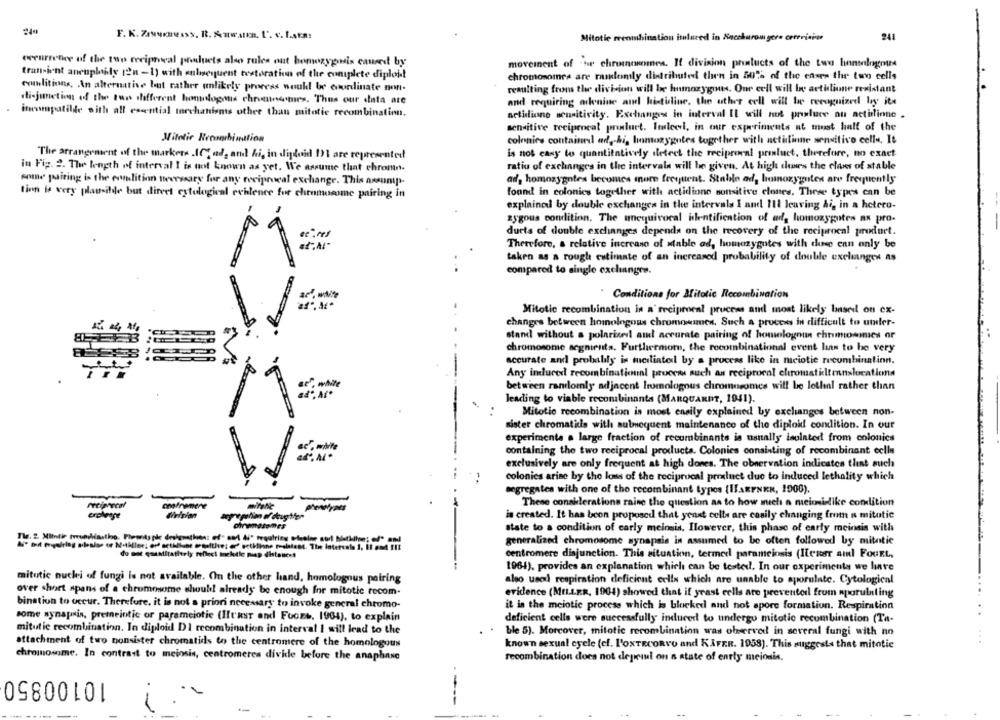
F. K. Zevenesss. R. Auwaten. L'. v. L.sER!
Mitotic rreombination itlured in Socchurom gera cerevision
241
ocurretwee of the two reciprocal products also rules out homozygousis caused by
movement of 'he chrononomes. It division printucts of the two homologous
transient anruphily 12-1) with subsequent restoration of the complete diploit
chromosomes are randomly distributed then in 507% of the cases the two cells
comlitions, An alternative but rather unlikely process would be coordinate non-
resulting from the division will be homozygous. Our cell will be actulione resistant
di-junction of the two different homologous chromnemes. Thus our data are
and requiring ackenise and histidine. the other cell will be recognized by its
incompatilde with all essential mechanisms other than mitotic recombination.
actidione scuritivity. Exchanges in interval Il will not posluce ou actilinne .
sensitive reciprocal prislurt. Itdleel, in our experiments at most half of the
Mitotic Recombination
colonics contained ad, hi, linmozygotes together with actitinne sensitivo celle, It
The arrangement of the markers .1Of ad, and hi, in diploid 11 are represented
is not easy to quantitatively detect the reciprocal prisluct, therefore, no exact
ratio of exchanges in the intervals will be given. At high ches the class of stable
in Fig. 2. The length of interval I is not known as yet. We assume that chromn.
ad, homozygotes becomes more frequent. Stabile ad, homozygotes are frequently
some paiting is the condition necessary for any reciprocal exchange. This assumps-
tion be very plausible but direet cytological echlenee for chromosome pairing in
found in colonies together with actidione sonsitive clones. These types can be
explained by double exchanges in the intervals I and 111 leaving Ai, in a hetero-
zygous condition. The unequivocal identification of ad, homozygotes ax pro-
ducts of double exchanges depends on the recovery of the reciprocal product.
Therefore, a relative increase of stable ad, homozygotes with die enn only be
taken as a rough estimate of an increased probability of double exelunges as
compared to single exchanges.
Conditions for Mitotic Recombination
Mitotic recombination in a' reciprocal process and most likely based on ex-
changes between homologous chromoemmen. Such a process in difficult to under-
stand without a polarized and accurate pairing of homologoun chrummommies or
chromosome segments. Furthermore, the recombinational event lin to be very
accurate and probably in meiliateil by a process like in meiotie recombination.
Any induced recombinationunl process such as reciprocal eltromatiltenslocations
between randomly adjacent homologous chromosomes will be lothal rather than
leading to viable recombinants (MARQUARDT, 1941).
Mitotic recombination is most ensily explained by exchanges between non-
sister chromatids with subsequent maintenance of the diploid condition. In our
experimenta a large fraction of recombinants is usually isolated from colonics
containing the two reciprocal products. Colonies consisting of recombinant celle
exclusively are only frequent at high dores. The observation indicates that such
colonies arise by the loss of the reciprocal prodluet due to induced lethality which
segregates with one of the recombinant types {IfAEFNER, 1900).
These considerations raise the question as to how mich a meioidlike condition
reciprocal
mitatie
is created. It has been proposed that yeast cells are casily changing from a mitotic
state to a condition of early meinsis, Ilowever, this phase of early meiosis with
Ai" Doit frigofring aleslos of Nothllee; erf setillune omatthie; off setklisne prolatest. The Intervals 1, Et and It
generalized chromosome synapsis is assumed to be often followed by mitatie
do not quantitatlerly reflect ineletle map distance!
centromere disjunction. This situation, termed parameiosis (llenar ail FouEL,
1964), provides an explanation which can be tested. In our experiments we have
mitutic nuclei of fungi le not available. On the other hand, homologous pairing
also used respiration deficient cells which are unable to sporulate. Cytological
over short spans of a chromosome should! already be enough for mitotic recom-
evidence (MILLER, 1904) showed that if yrast cells are prevented from nporuinting
bination to occur. Therefore, it is not a priori necessary to invoke general chromo-
it in the meiotic process which is blocked and not spore formation. Respiration
some synapsis, premeintic or parameiotic (Ilt'ksT and Fuors. 1964), to explain
deficient cells were successfully induced to undergo mitotic recombination (Ta-
mitutic recombination. In diploid DI recombination in interval I will lead to the
ble 5). Morcover, mitotic recombination was observed in several fungi with no
. .
attachment of two nonsister chromatids to the centromere of the homologous
known sexual cycle (cf. l'oxTECORVO and KAFER. 1958). This suggests that mitotic
chromosome. In contrast to meiosis, centromeres divide before the anaphase
recombination does not depriul on a state of early meiosis.
10100850
---
-